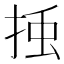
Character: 𭡀